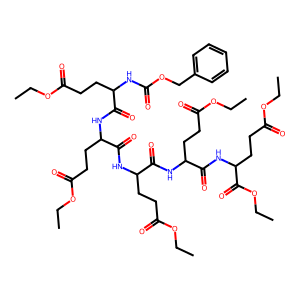
SMILES: CCOC(=O)CCC(NC(=O)OCc1ccccc1)C(=O)NC(CCC(=O)OCC)C(=O)NC(CCC(=O)OCC)C(=O)NC(CCC(=O)OCC)C(=O)NC(CCC(=O)OCC)C(=O)OCC
Inhibits HIV replication: No